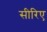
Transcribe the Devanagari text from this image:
सीरिए